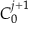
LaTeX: C _ { 0 } ^ { j + 1 }